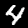
Label: 4